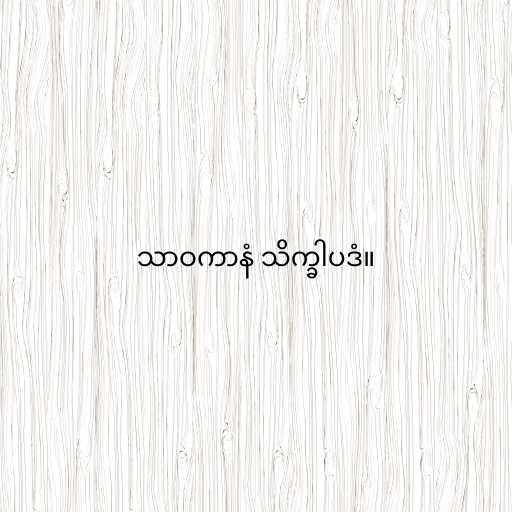
သာဝကာနံ သိက္ခါပဒံ။